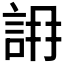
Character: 𧧛